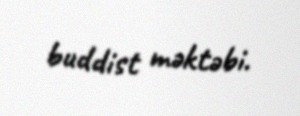
buddist məktəbi.